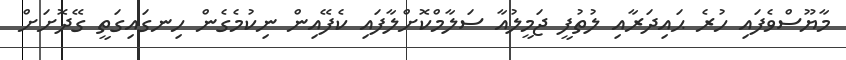
މާޔޫސްވެފައި ހުރެ ޙައިދަރާއި ލުތުފީ ޖަމީލުއާ ސަލާމްކޮށްލާފައި ކެފޭއިން ނިކުމެގެން ހިނގައިގަތީ ގޭދޮށަށް